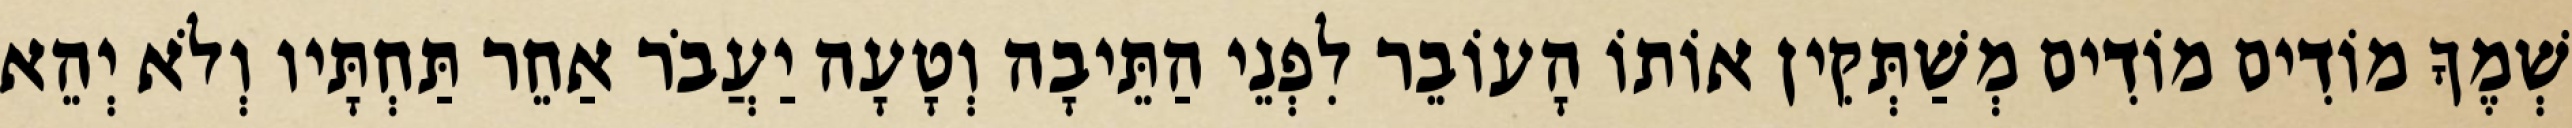
שְׁמֶךָ מוֹדִים מוֹדִים מְשַׁתְּקִין אוֹתוֹ הָעוֹבֵר לִפְנֵי הַתֵּיבָה וְטָעָה יַעֲבֹר אַחֵר תַּחְתָּיו וְלֹא יְהֵא